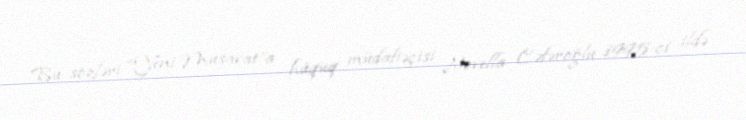
Bu sözləri “Yeni Müsavat”a hüquq müdafiəçisi Novella Cəfəroğlu 1995-ci ildə